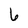
Character: 6